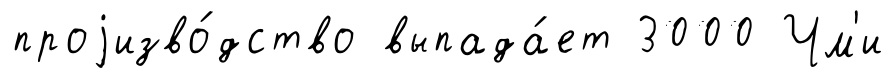
проjизво́дство выпада́ет 3000 Чм'и